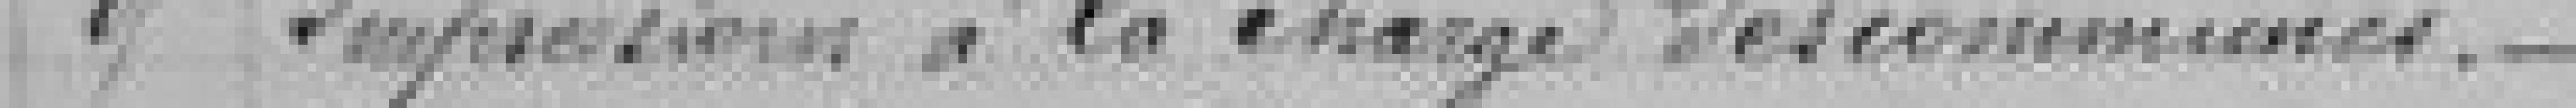
9 Impression à la charge des communes